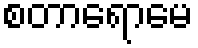
စတာရောမေ